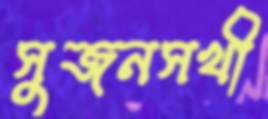
সুজনসখী